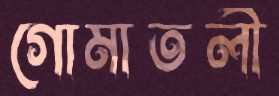
গোমাতলী